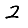
Digit: 2